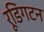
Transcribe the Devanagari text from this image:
रूडिंगटन